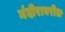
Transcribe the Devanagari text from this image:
मंदीरावरील